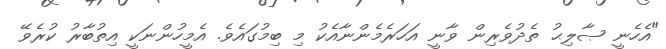
"އެހެނީ ޞާލިޙު ތެދުވެރިން ވާނީ އަހަރެމެންނާއެކު މި ބިމުގައެވެ. އެމީހުންނަކީ އިތުބާރު ކުރެވޭ